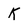
Character: K